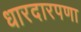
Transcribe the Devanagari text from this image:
धारदारपणा